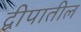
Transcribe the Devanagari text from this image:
द्वीपातील